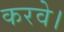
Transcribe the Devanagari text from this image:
करवे।